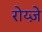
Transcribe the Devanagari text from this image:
रोय्ज़े